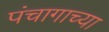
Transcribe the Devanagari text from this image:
पंचागाच्या